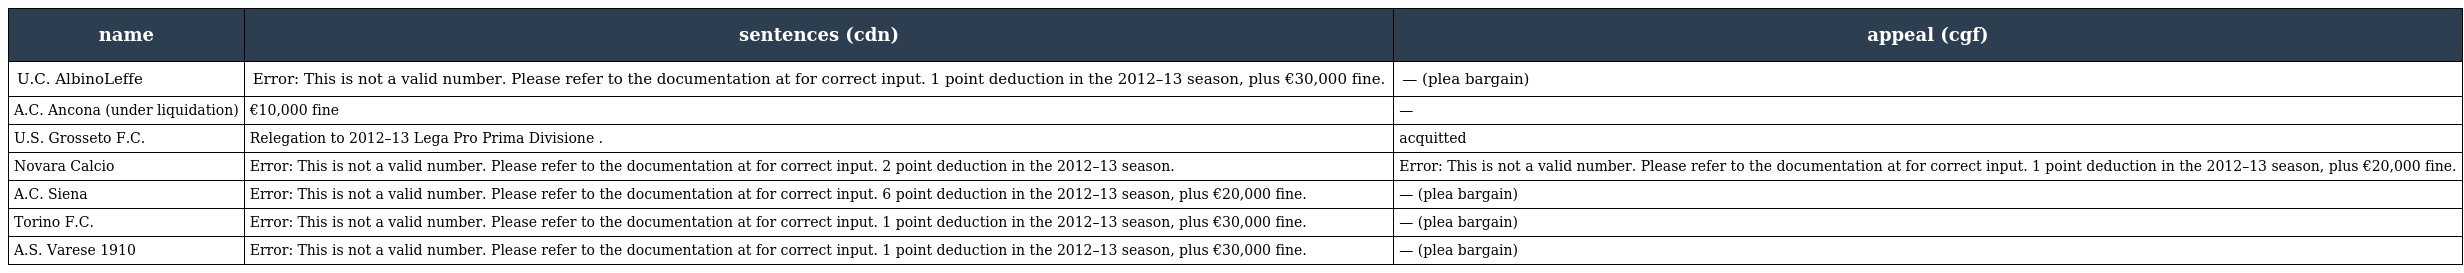
| name | sentences (cdn) | appeal (cgf) |
 | --- | --- | --- |
 | U.C. AlbinoLeffe | Error: This is not a valid number. Please refer to the documentation at for correct input. 1 point deduction in the 2012–13 season, plus €30,000 fine. | — (plea bargain) |
 | A.C. Ancona (under liquidation) | €10,000 fine | — |
 | U.S. Grosseto F.C. | Relegation to 2012–13 Lega Pro Prima Divisione . | acquitted |
 | Novara Calcio | Error: This is not a valid number. Please refer to the documentation at for correct input. 2 point deduction in the 2012–13 season. | Error: This is not a valid number. Please refer to the documentation at for correct input. 1 point deduction in the 2012–13 season, plus €20,000 fine. |
 | A.C. Siena | Error: This is not a valid number. Please refer to the documentation at for correct input. 6 point deduction in the 2012–13 season, plus €20,000 fine. | — (plea bargain) |
 | Torino F.C. | Error: This is not a valid number. Please refer to the documentation at for correct input. 1 point deduction in the 2012–13 season, plus €30,000 fine. | — (plea bargain) |
 | A.S. Varese 1910 | Error: This is not a valid number. Please refer to the documentation at for correct input. 1 point deduction in the 2012–13 season, plus €30,000 fine. | — (plea bargain) |